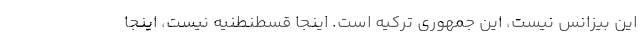
این بیزانس نیست، این جمهوری ترکیه است. اینجا قسطنطنیه نیست، اینجا